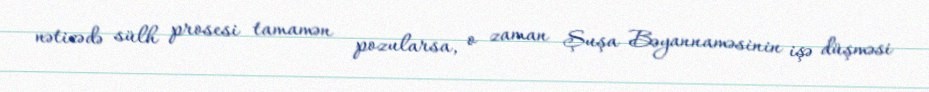
nəticədə sülh prosesi tamamən pozularsa, o zaman Şuşa Bəyannaməsinin işə düşməsi